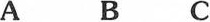
A B C